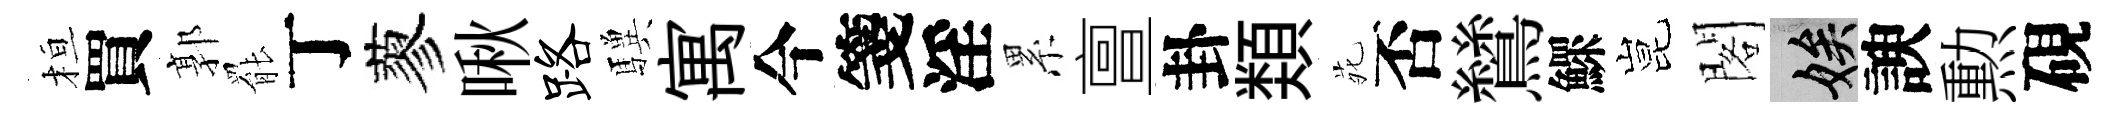
桓買郭罷丁蓼啾路驥寓今箋淫累亶卦𩔖𫟍否鷥鰥昆閣娭諛勲硯